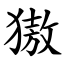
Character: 獓